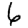
Digit: 6